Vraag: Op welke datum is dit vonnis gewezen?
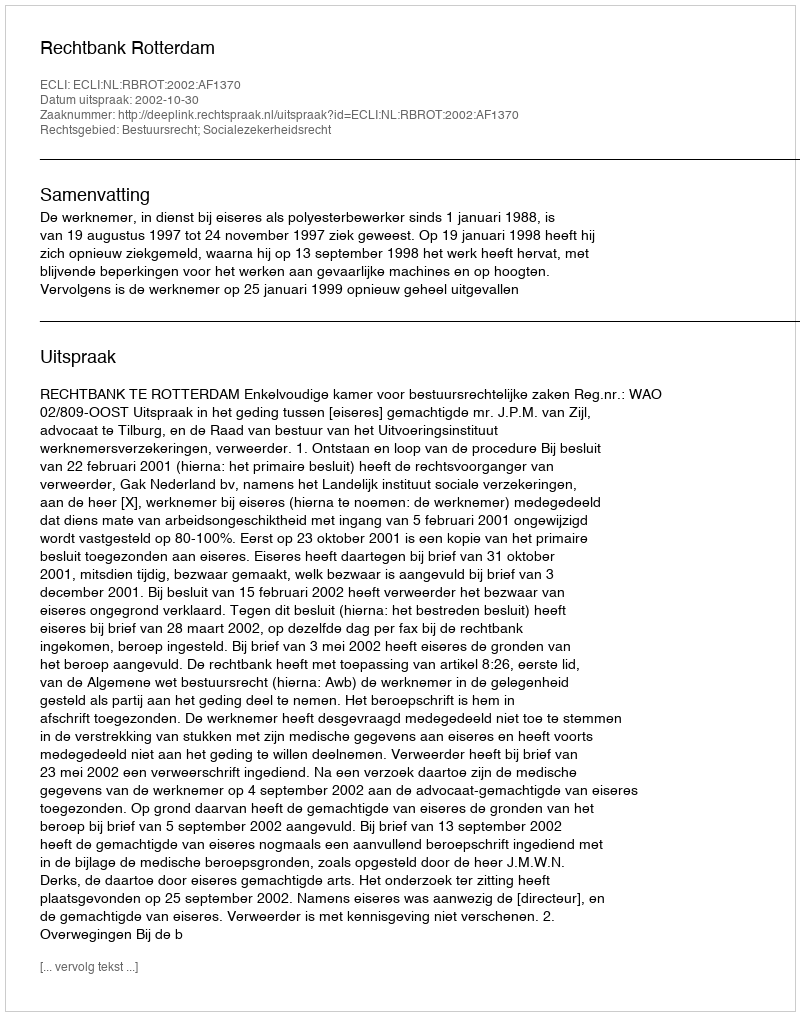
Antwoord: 2002-10-30